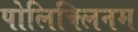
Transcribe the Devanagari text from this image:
पोलिक्लिनम